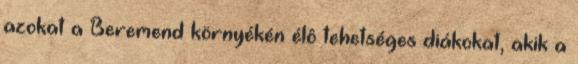
azokat a Beremend környékén élô tehetséges diákokat, akik a